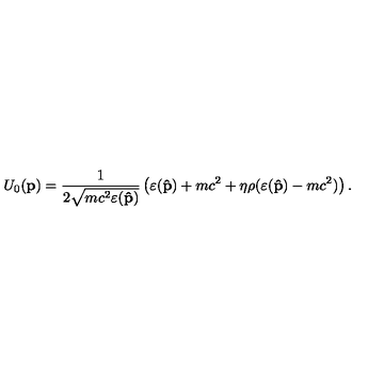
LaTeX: U _ { 0 } ( { \bf p } ) = \frac { 1 } { 2 \sqrt { m c ^ { 2 } \varepsilon ( { \bf \hat { p } } ) } } \left( \varepsilon ( { \bf \hat { p } } ) + m c ^ { 2 } + \eta \rho ( \varepsilon ( { \bf \hat { p } } ) - m c ^ { 2 } ) \right) .